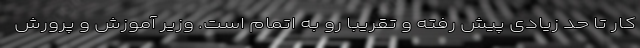
کار تا حد زیادی پیش رفته و تقریبا رو به اتمام است. وزیر آموزش و پرورش